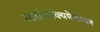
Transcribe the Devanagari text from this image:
वाकोवाक्यमेकायन